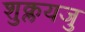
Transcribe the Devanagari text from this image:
शुक्लयजु